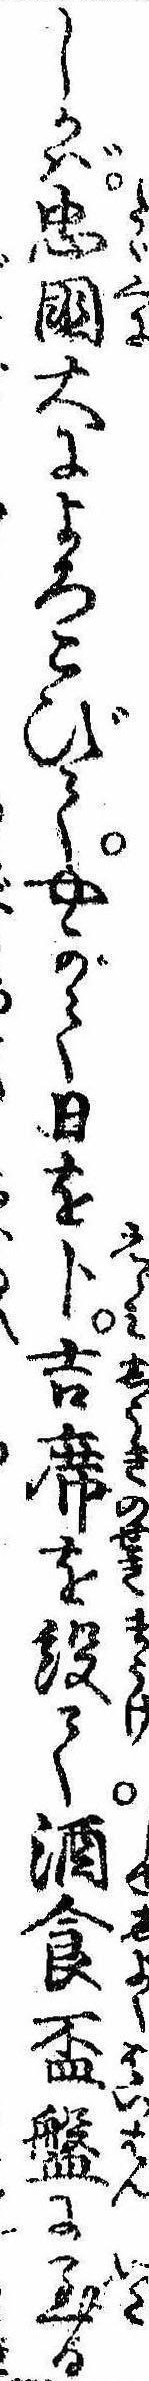
しかば忠国大によろこびてやがて日を卜吉席を設て酒食杯盤に至る